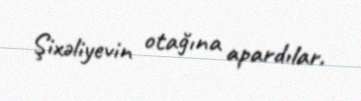
Şixəliyevin otağına apardılar.